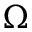
\Omega